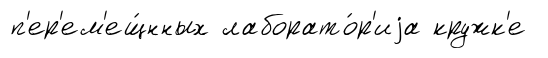
п'ер'ем'ещ́нных лаборато́р'иjа кружк'е